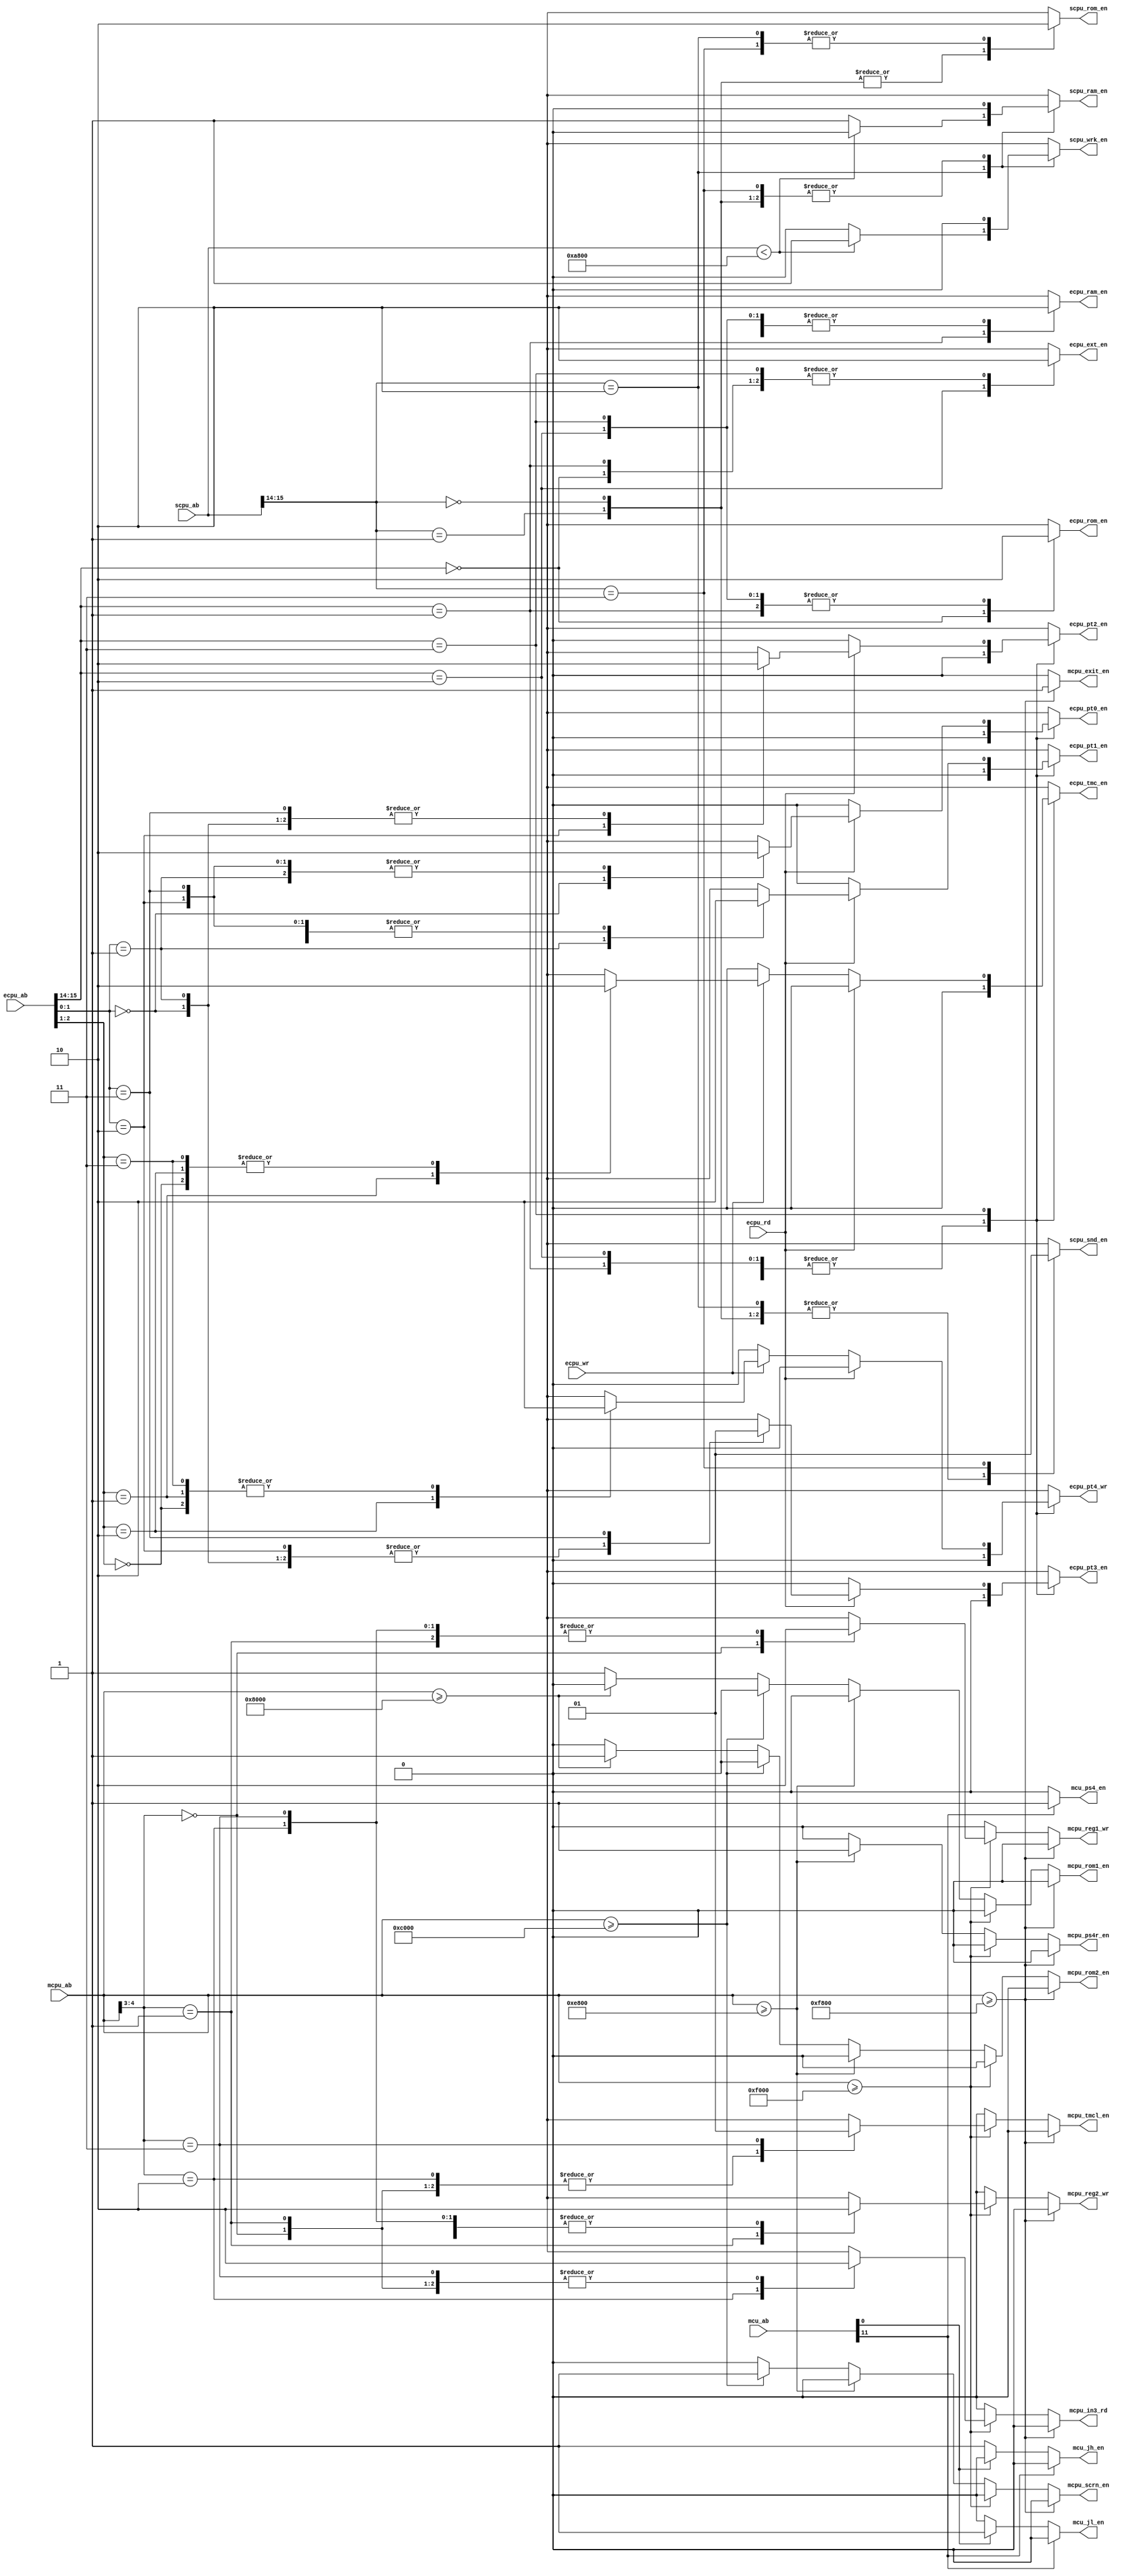

module addr_decode(

  input [15:0] mcpu_ab,
  input [15:0] scpu_ab,
  input [15:0] ecpu_ab,
  input [11:0] mcu_ab,
  input        ecpu_wr,
  input        ecpu_rd,

  output reg mcpu_rom1_en, // 0000-7FFF
  output reg mcpu_rom2_en, // 8000-BFFF (4000) bank
  output reg mcpu_scrn_en, // C000-E7FF /screen ram shared with subCPU
  output reg mcpu_ps4r_en, // E800-EFFF /ps4 shared ram MCU
  output reg mcpu_reg1_wr, // F000-F007
  output reg mcpu_reg2_wr, // F008-F00F
  output reg mcpu_in3_rd,  // F010-F017
  output reg mcpu_tmcl_en, // F018-F01F
  output reg mcpu_exit_en, // F800-FFFF (subram) shared with eCPU

  output reg scpu_rom_en,  // 0000-7FFF
  output reg scpu_wrk_en,  // 8000-A7FF
  output reg scpu_ram_en,  // A800-BFFF
  output reg scpu_snd_en,  // C000-FFFF

  output reg ecpu_rom_en,  // 0000-3FFF
  output reg ecpu_ram_en,  // 4000-7FFF (but RAM is only $800 on schematic)
  output reg ecpu_ext_en,  // 8000-BFFF shared with MCPU
  output reg ecpu_pt0_en,
  output reg ecpu_pt1_en,
  output reg ecpu_pt2_en,
  output reg ecpu_pt3_en,
  output reg ecpu_pt4_wr,
  output reg ecpu_tmc_en,

  output reg mcu_ps4_en,
  output reg mcu_jh_en,
  output reg mcu_jl_en

);

always @* begin

  mcpu_rom1_en = 0;
  mcpu_rom2_en = 0;
  mcpu_scrn_en = 0;
  mcpu_ps4r_en = 0;
  mcpu_reg1_wr = 0;
  mcpu_reg2_wr = 0;
  mcpu_in3_rd  = 0;
  mcpu_tmcl_en = 0;
  mcpu_exit_en = 0;

  scpu_rom_en = 0;
  scpu_wrk_en = 0;
  scpu_ram_en = 0;
  scpu_snd_en = 0;

  ecpu_rom_en = 0;
  ecpu_ram_en = 0;
  ecpu_ext_en = 0;
  ecpu_pt0_en = 0;
  ecpu_pt1_en = 0;
  ecpu_pt2_en = 0;
  ecpu_pt3_en = 0;
  ecpu_pt4_wr = 0;
  ecpu_tmc_en = 0;

  mcu_ps4_en = 0;
  mcu_jh_en  = 0;
  mcu_jl_en  = 0;

  if (mcpu_ab >= 16'hf800) begin
    mcpu_exit_en = 1; // /exit - com ram
  end
  else if (mcpu_ab >= 16'hf000) begin
    case (mcpu_ab[4:3])
      2'b00: mcpu_reg1_wr = 1; // f000
      2'b01: mcpu_reg2_wr = 1; // f008
      2'b10: mcpu_in3_rd  = 1; // f010
      2'b11: mcpu_tmcl_en = 1; // f018
    endcase
  end
  else if (mcpu_ab >= 16'he800) begin
    mcpu_ps4r_en = 1; // /ps4 - mcu shared ram
  end
  else if (mcpu_ab >= 16'hc000) begin
    mcpu_scrn_en = 1; // /screen - main ram, shared with snd CPU
  end
  else if (mcpu_ab >= 16'h8000) begin
    mcpu_rom2_en = 1; // bank
  end
  else begin
    mcpu_rom1_en = 1; // rom
  end

  case (scpu_ab[15:14])
    2'b00, 2'b01: scpu_rom_en = 1; // 0000-7FFF
    2'b10: begin
      if (scpu_ab < 16'ha800)
        scpu_wrk_en = 1;
      else
        scpu_ram_en = 1;
    end
    2'b11: scpu_snd_en = 1; // C000 YM
  endcase

  case (ecpu_ab[15:14])
    2'b00: ecpu_rom_en = 1;
    2'b01: ecpu_ram_en = 1;
    2'b10: ecpu_ext_en = 1;
    2'b11: begin
      if (ecpu_rd) begin // read
        case (ecpu_ab[1:0])
          2'b00: ecpu_pt0_en = 1; // joy/btn
          2'b01: ecpu_pt1_en = 1; // joy/btn
          2'b10: ecpu_pt2_en = 1; // coin/select/service
          2'b11: ecpu_pt3_en = 1; // coin/select/service
        endcase
      end
      else if (ecpu_wr) begin // write
        case (ecpu_ab[2:1])
          2'b00: /* N/A */;
          2'b01: ecpu_tmc_en = 1;
          2'b10: ecpu_pt4_wr = 1;
          2'b11: /* N/C */;
        endcase
      end
    end
  endcase

  // not used
  if (~mcu_ab[11]) begin
    if (~mcu_ab[0])
      mcu_jh_en = 1;
    else
      mcu_jl_en = 1;
  end
  else begin
    mcu_ps4_en = 1;
  end

end

endmodule